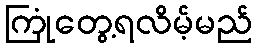
ကြုံတွေ့ရလိမ့်မည်